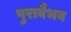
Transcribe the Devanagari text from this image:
पुरावैभव